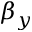
\beta _ { y }